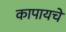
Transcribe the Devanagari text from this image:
कापायचे